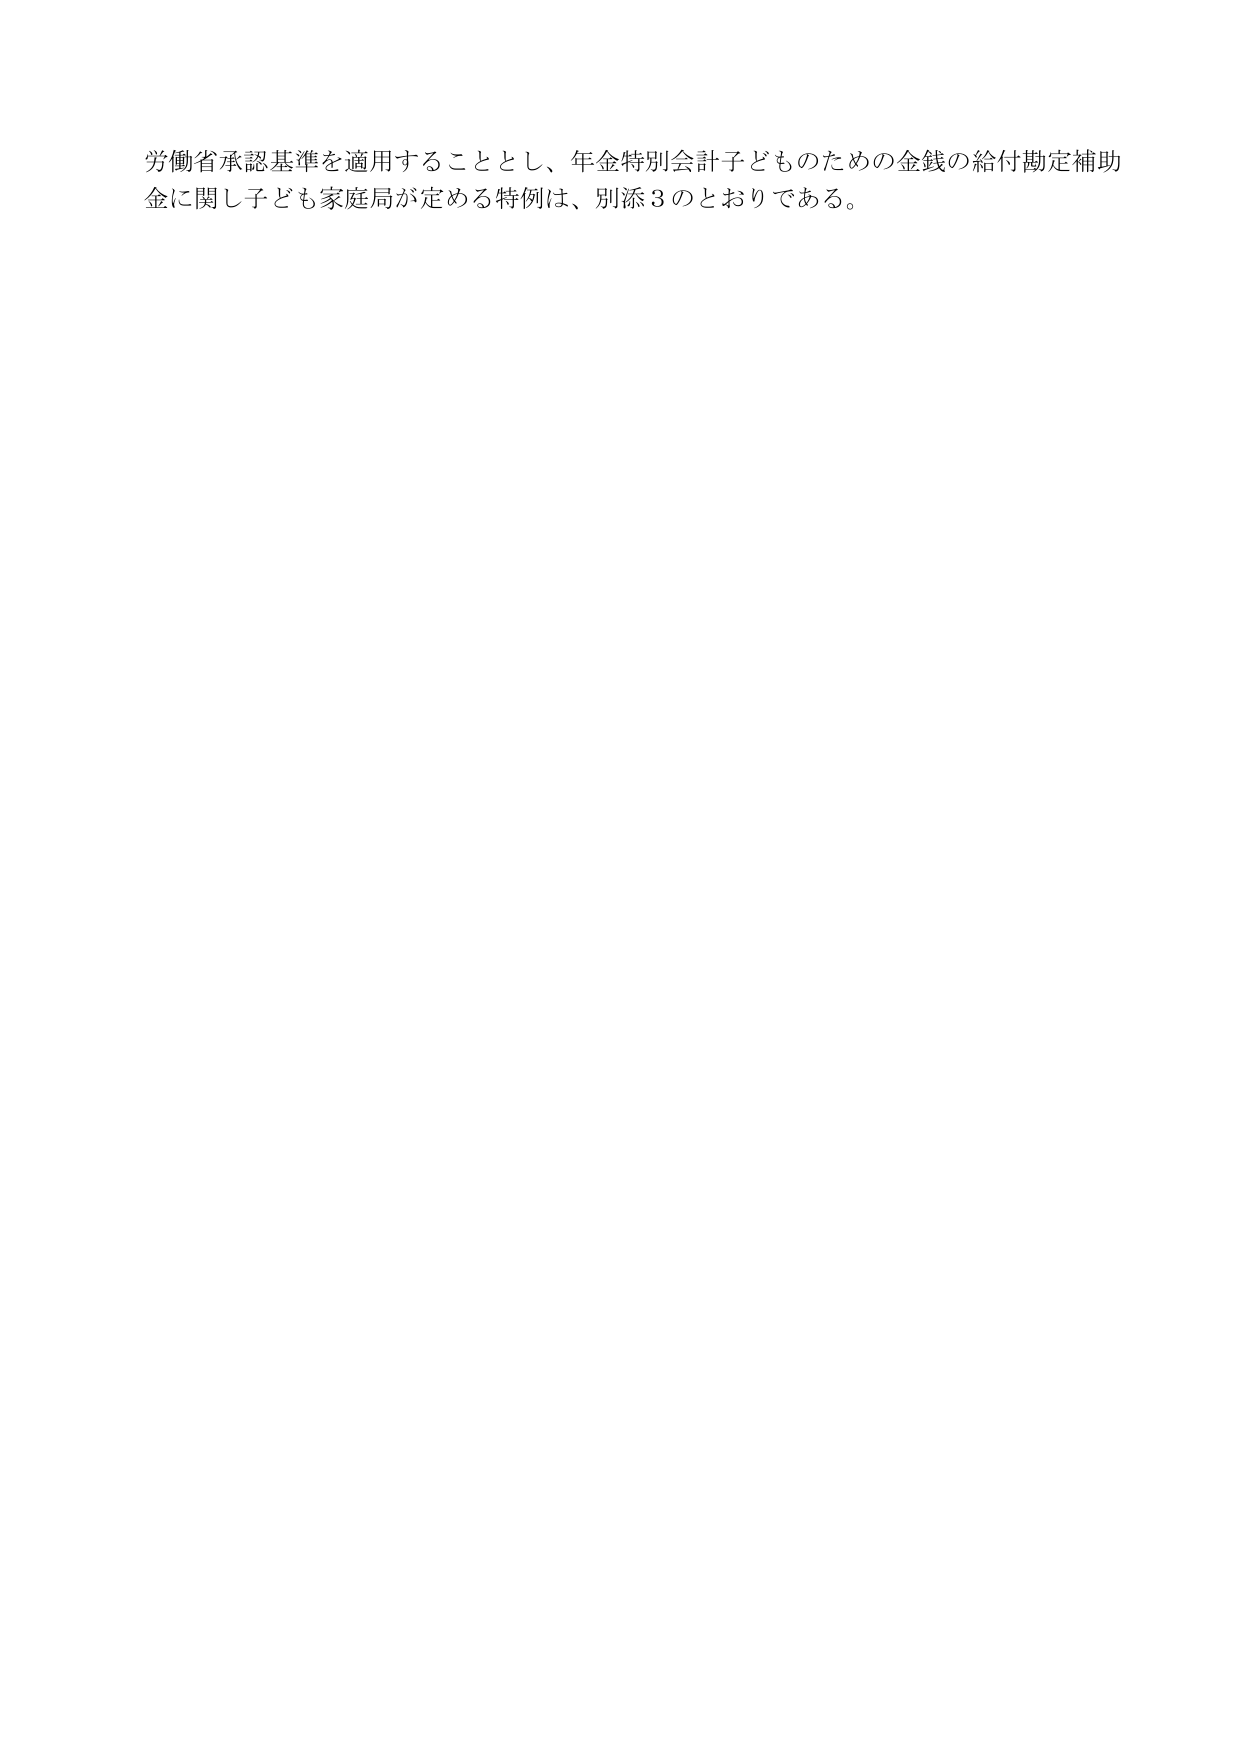
労働省承認基準を適用することとし、年金特別会計子どもそのための金銭の給付勘定補助金に関し子ども家庭局が定める特例は、別添３のとおりである。